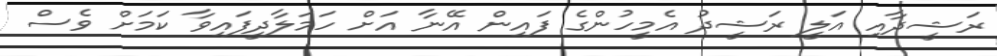
ރަޝީދާއި އަލީ ރަޝީދު އެމީހުންގެ ފައިން އޭނާ އަށް ހަމަލާދީފައިވާ ކަމަށް ވެސް